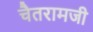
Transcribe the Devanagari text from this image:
चैतरामजी